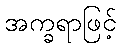
အက္ခရာဖြင့်